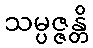
သမ္ပဇ္ဇန္တိ